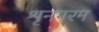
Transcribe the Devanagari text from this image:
शृनगरम